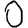
Digit: 0